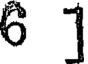
6 1